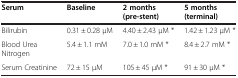
| Serum | Baseline | 2 months (pre-stent) | 5 months (terminal) |
 | --- | --- | --- | --- |
 | Bilirubin | 0.31 ± 0.28 μM | 4.40 ± 2.43 μM * | 1.42 ± 1.23 μM * |
 | Blood Urea Nitrogen | 5.4 ± 1.1 mM | 7.0 ± 1.0 mM * | 8.4 ± 2.7 mM * |
 | Serum Creatinine | 72 ± 15 μM | 105 ± 45 μM * | 91 ± 30 μM * |